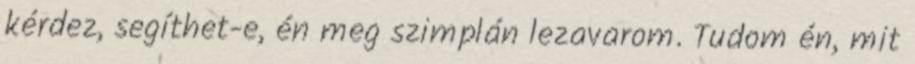
kérdez, segíthet-e, én meg szimplán lezavarom. Tudom én, mit